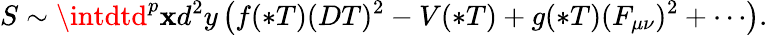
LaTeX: S\sim\intdtd^{p}\mathbf{x}d^{2}y\left(f(*T)(DT)^{2}-V(*T)+g(*T)(F_{\mu\nu})^{2}+\cdots\right).